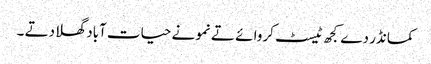
کمانڈر دے کجھ ٹیسٹ کروا ئے تے نمونے حیات آباد گھلا دتے ۔